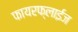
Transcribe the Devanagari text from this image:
फायरफ्लाईज